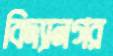
বিদ্যানগর